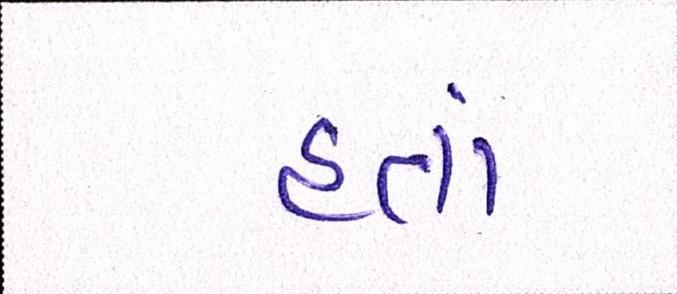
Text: હતાં